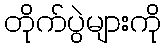
တိုက်ပွဲများကို